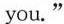
you."